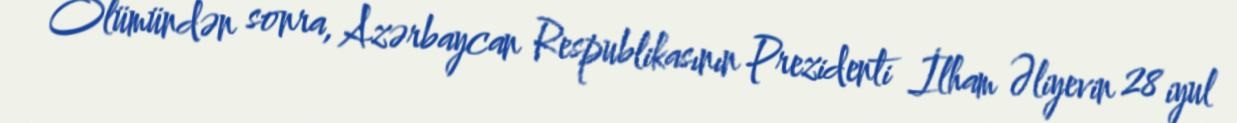
Ölümündən sonra, Azərbaycan Respublikasının Prezidenti İlham Əliyevin 28 iyul